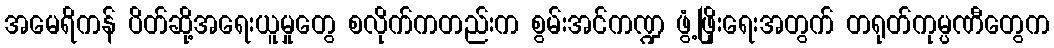
အမေရိကန် ပိတ်ဆို့အရေးယူမှုတွေ စလိုက်ကတည်းက စွမ်းအင်ကဏ္ဍ ဖွံ့ဖြိုးရေးအတွက် တရုတ်ကုမ္ပဏီတွေက